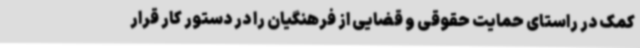
کمک در راستای حمایت حقوقی و قضایی از فرهنگیان را در دستور کار قرار